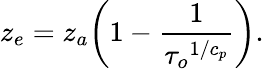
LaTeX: z_{e}=z_{a}\bigg(1-{\frac{1}{{{\tau_{o}}^{1/c_{p}}}}}\bigg).